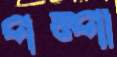
পম্পা